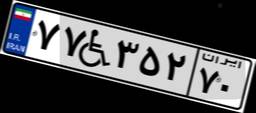
۷۷W۳۵۲۷۰